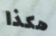
هكذا